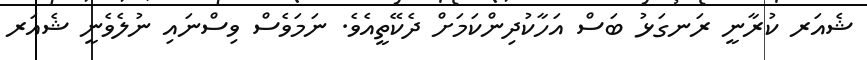
ޝެއަރ ކުރާނީ ރަނގަޅު ބަސް އަހާކުދިންކަމަށް ދެކޭތީއެވެ. ނަމަވެސް ވިސްނައި ނުލެވެނީ ޝެއަރ